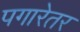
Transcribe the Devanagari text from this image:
पगारेतर